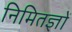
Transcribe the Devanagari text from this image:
निमितज्ञों